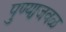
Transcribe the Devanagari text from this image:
पुण्या़जवळ